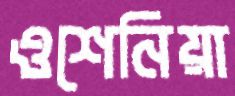
ওশেনিয়া